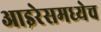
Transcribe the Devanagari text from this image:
आइरेसमध्येच